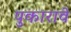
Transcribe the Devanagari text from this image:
पुकारावे